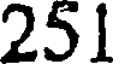
251